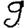
Digit: 9